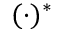
( \cdot ) ^ { \ast }